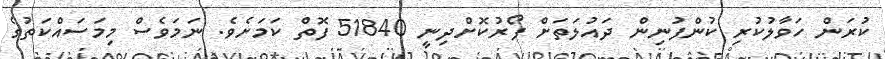
ކުރަން ހަވާލުކުރި ކުންފުނިން ދައުލަތަށް ފޯރުކޮށްދިނީ 51840 ފޮތް ކަމަށެވެ. ނަމަވެސް މިމަސައްކަތުގެ